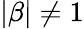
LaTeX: |\beta|\neq 1